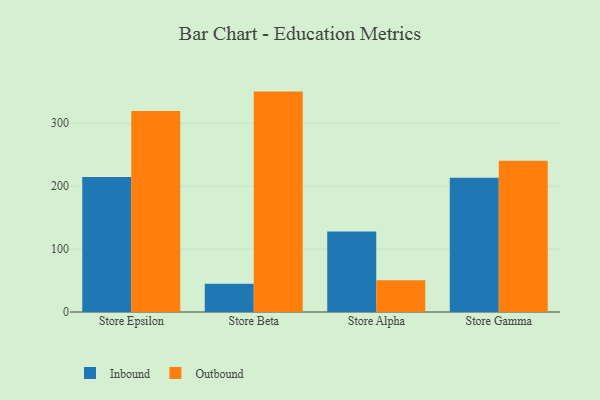
{"axis": {"x": "Store", "y": "Inventory Turnover"}, "legend": ["Inbound", "Outbound"], "data": [{"x": "Store Epsilon", "y": 214.7, "type": "Inbound"}, {"x": "Store Epsilon", "y": 319.4, "type": "Outbound"}, {"x": "Store Beta", "y": 44.7, "type": "Inbound"}, {"x": "Store Beta", "y": 350.2, "type": "Outbound"}, {"x": "Store Alpha", "y": 128.0, "type": "Inbound"}, {"x": "Store Alpha", "y": 50.6, "type": "Outbound"}, {"x": "Store Gamma", "y": 213.5, "type": "Inbound"}, {"x": "Store Gamma", "y": 240.5, "type": "Outbound"}]}